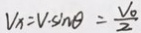
V _ { x } = V \cdot \sin \theta = \frac { V _ { 0 } } { 2 }